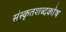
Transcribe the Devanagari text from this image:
संस्कृतशब्दकोष